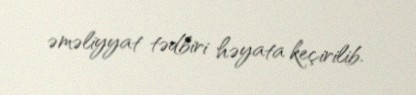
əməliyyat tədbiri həyata keçirilib.